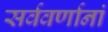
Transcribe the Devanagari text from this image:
सर्ववर्णानां